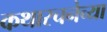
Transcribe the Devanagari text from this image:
कथारचनेच्या